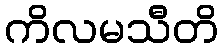
ကိလမသီတိ